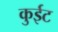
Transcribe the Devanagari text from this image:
कुईट